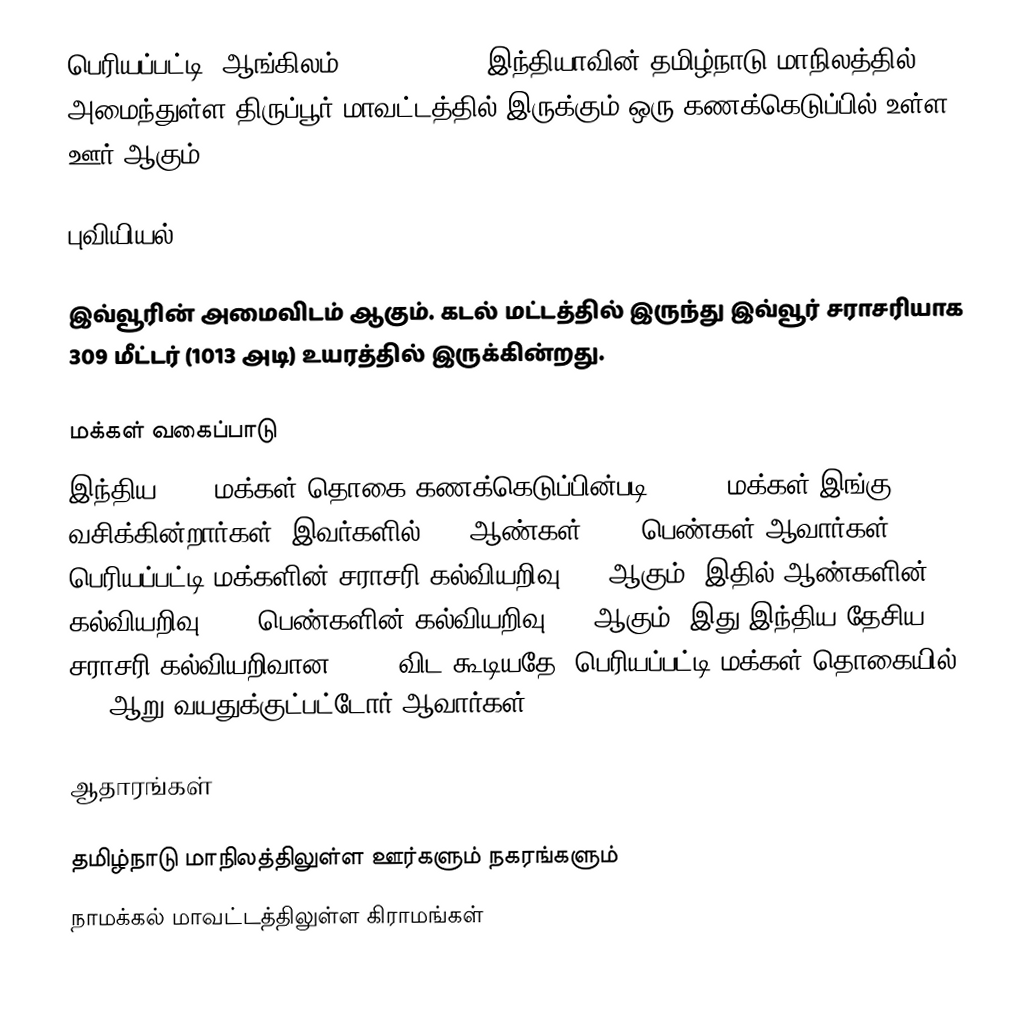
பெரியப்பட்டி (ஆங்கிலம்:Periyapatti), இந்தியாவின் தமிழ்நாடு மாநிலத்தில் அமைந்துள்ள திருப்பூர் மாவட்டத்தில் இருக்கும் ஒரு கணக்கெடுப்பில் உள்ள ஊர்  ஆகும்.

புவியியல்

இவ்வூரின் அமைவிடம்  ஆகும். கடல் மட்டத்தில் இருந்து இவ்வூர் சராசரியாக 309 மீட்டர் (1013 அடி) உயரத்தில் இருக்கின்றது.

மக்கள் வகைப்பாடு
இந்திய 2001 மக்கள் தொகை கணக்கெடுப்பின்படி 10,333 மக்கள் இங்கு வசிக்கின்றார்கள். இவர்களில் 51% ஆண்கள், 49% பெண்கள் ஆவார்கள். பெரியப்பட்டி மக்களின் சராசரி கல்வியறிவு 69% ஆகும்,  இதில் ஆண்களின் கல்வியறிவு 76%,  பெண்களின் கல்வியறிவு 62% ஆகும். இது இந்திய தேசிய சராசரி கல்வியறிவான 59.5% விட கூடியதே. பெரியப்பட்டி மக்கள் தொகையில் 12%  ஆறு வயதுக்குட்பட்டோர் ஆவார்கள்.

ஆதாரங்கள்

 தமிழ்நாடு மாநிலத்திலுள்ள ஊர்களும் நகரங்களும்
நாமக்கல் மாவட்டத்திலுள்ள கிராமங்கள்